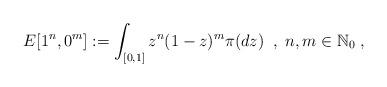
LaTeX: \begin{align*}E[1^{n},0^{m}] := \int_{[0,1]}z^{n}(1-z)^{m}\pi(dz) \;\;, \; n,m \in \mathbb{N}_{0}\;,\end{align*}